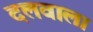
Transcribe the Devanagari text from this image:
दलवाला